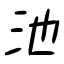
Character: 池